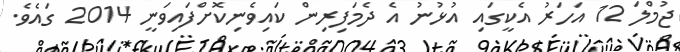
ޖުމްލަ 12 އަހަރު އެކީގައި އުޅުނު އެ ދެމަފިރިން ކައިވެނިކޮށްފައިވަނީ 2014 ގައެވެ.